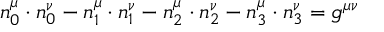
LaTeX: n _ { 0 } ^ { \mu } \cdot n _ { 0 } ^ { \nu } - n _ { 1 } ^ { \mu } \cdot n _ { 1 } ^ { \nu } - n _ { 2 } ^ { \mu } \cdot n _ { 2 } ^ { \nu } - n _ { 3 } ^ { \mu } \cdot n _ { 3 } ^ { \nu } = g ^ { \mu \nu }